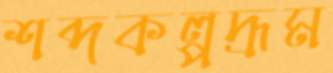
শব্দকল্পদ্রূম